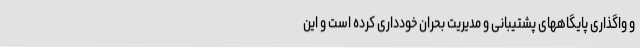
و واگذاری پایگاههای پشتیبانی و مدیریت بحران خودداری کرده است و این